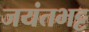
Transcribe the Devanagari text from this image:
जयंतभट्ट